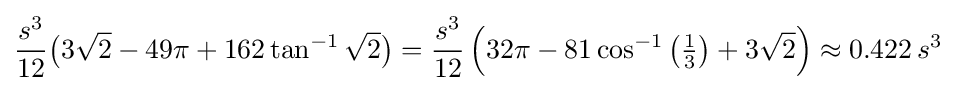
{\frac {s^{3}}{12}}{\big (}3{\sqrt {2}}-49\pi +162\tan ^{-1}{\sqrt {2}}{\big )}={\frac {s^{3}}{12}}\left(32\pi -81\cos ^{-1}\left({\tfrac {1}{3}}\right)+3{\sqrt {2}}\right)\approx 0.422\,s^{3}